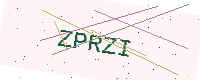
Text: ZPRZI